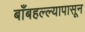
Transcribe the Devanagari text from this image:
बाँबहल्ल्यापासून